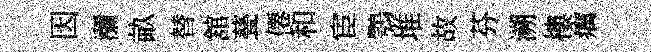
因瀰畝替舘甆僊和宦鶚堆故芬溯樓癘